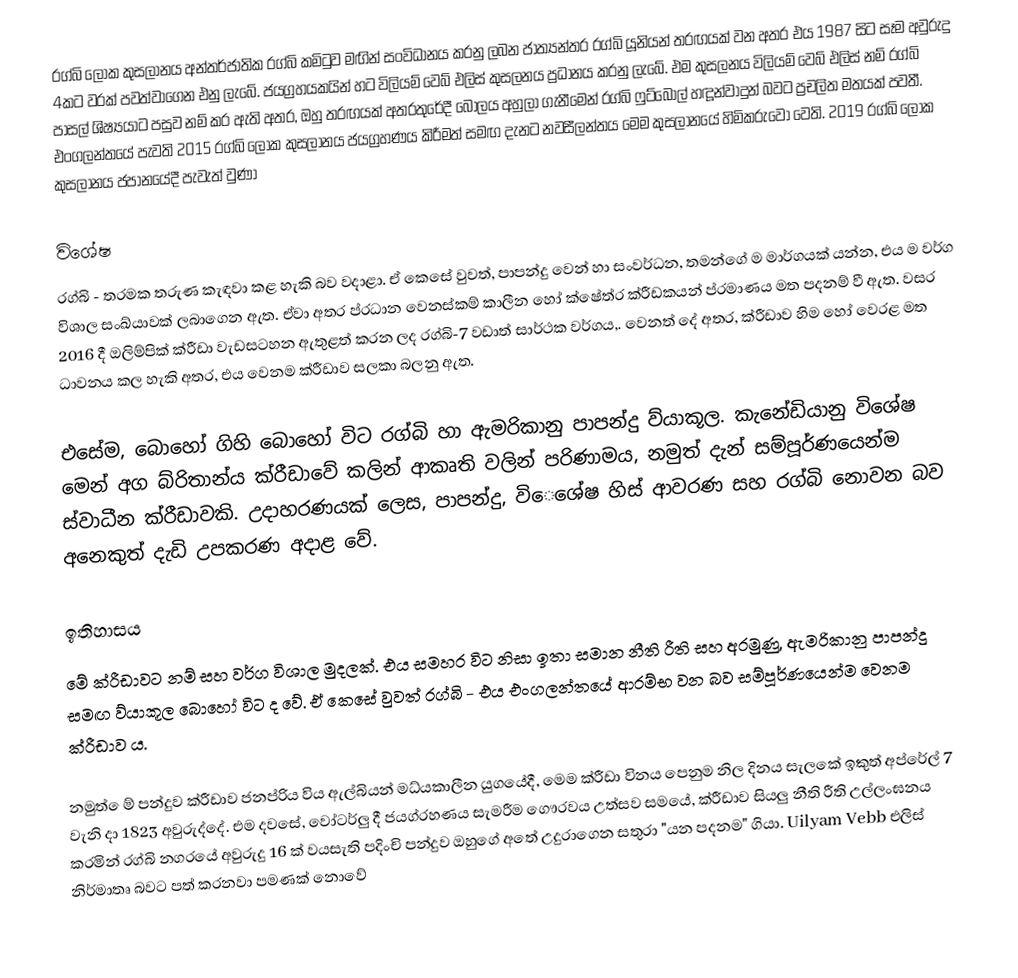
රග්බි ලෝක කුසලානය අන්තර්ජාතික රග්බි කමිටුව මඟින් සංවිධානය කරනු ලබන ජාත්‍යන්තර රග්බි යූනියන් තරඟයක් වන අතර එය 1987 සිට සෑම අවුරුදු 4කට වරක් පවත්වාගෙන එනු ලැබේ. ජයග්‍රහයකයින් හට විලියම් වෙබ් එලිස් කුසලනය ප්‍රධානය කරනු ලැබේ. එම කුසලනය විලියම් වෙබ් එලිස් නම් රග්බි පාසල් ශිෂ්‍යයාට පසුව නම් කර ඇති අතර, ඔහු තරඟයක් අතරතුරේදී බෝලය අහුලා ගැනීමෙන් රග්බි ෆුට්බෝල් හඳූන්වාදුන් බවට ප්‍රචලිත මතයක් පවතී. එංගලන්තයේ පැවති 2015 රග්බි ලෝක කුසලානය ජයග්‍රහණය කිරීමත් සමඟ දැනට නවසීලන්තය මෙම කුසලානයේ හිමිකරුවෝ වෙති. 2019 රග්බි ලෝක කුසලානය ජපානයේදී පැවැත් වුණා

විශේෂ
රග්බි - තරමක තරුණ කැඳවා කළ හැකි බව වදාළා. ඒ කෙසේ වුවත්, පාපන්දු වෙන් හා සංවර්ධන, තමන්ගේ ම මාර්ගයක් යන්න, එය ම වර්ග විශාල සංඛ්යාවක් ලබාගෙන ඇත. ඒවා අතර ප්රධාන වෙනස්කම් කාලීන හෝ ක්ෂේත්ර ක්රීඩකයන් ප්රමාණය මත පදනම් වී ඇත. වසර 2016 දී ඔලිම්පික් ක්රීඩා වැඩසටහන ඇතුළත් කරන ලද රග්බි-7 වඩාත් සාර්ථක වර්ගය,. වෙනත් දේ අතර, ක්රීඩාව හිම හෝ වෙරළ මත ධාවනය කල හැකි අතර, එය වෙනම ක්රීඩාව සලකා බලනු ඇත.

එසේම, බොහෝ ගිහි බොහෝ විට රග්බි හා ඇමරිකානු පාපන්දු ව්යාකූල. කැනේඩියානු විශේෂ මෙන් අග බ්රිතාන්ය ක්රීඩාවේ කලින් ආකෘති වලින් පරිණාමය, නමුත් දැන් සම්පූර්ණයෙන්ම ස්වාධීන ක්රීඩාවකි. උදාහරණයක් ලෙස, පාපන්දු, විෙශේෂ හිස් ආවරණ සහ රග්බි නොවන බව අනෙකුත් දැඩි උපකරණ අදාළ වේ.

ඉතිහාසය
මේ ක්රීඩාවට නම් සහ වර්ග විශාල මුදලක්. එය සමහර විට නිසා ඉතා සමාන නීති රීති සහ අරමුණු, ඇමරිකානු පාපන්දු සමඟ ව්යාකූල බොහෝ විට ද වේ. ඒ කෙසේ වුවත් රග්බි - එය එංගලන්තයේ ආරම්භ වන බව සම්පූර්ණයෙන්ම වෙනම ක්රීඩාව ය.

නමුත් ෙම් පන්දුව ක්රීඩාව ජනප්රිය විය ඇල්බියන් මධ්යකාලීන යුගයේදී, මෙම ක්රීඩා විනය පෙනුම නිල දිනය සැලකේ ඉකුත් අප්රේල් 7 වැනි දා 1823 අවුරුද්දේ. එම දවසේ, වෝටර්ලු දී ජයග්රහණය සැමරීම ගෞරවය උත්සව සමයේ, ක්රීඩාව සියලු නීති රීති උල්ලංඝනය කරමින් රග්බි නගරයේ අවුරුදු 16 ක් වයසැති පදිංචි පන්දුව ඔහුගේ අතේ උදුරාගෙන සතුරා "යන පදනම" ගියා. Uilyam Vebb එලිස් නිර්මාතෘ බවට පත් කරනවා පමණක් නොවේ